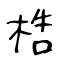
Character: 梏